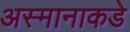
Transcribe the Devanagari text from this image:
अस्मानाकडे